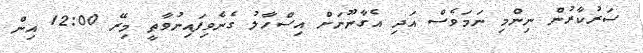
ސަރުކާރުން ނިންމި ނަމަވެސް އަދި އެގާނޫނަށް އިސްހާލު ގެނެވިފައިނުވާތީ މިރޭ 12:00 އިން